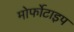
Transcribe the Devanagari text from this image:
मोर्फोटाइप